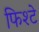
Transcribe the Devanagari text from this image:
फिश्टे